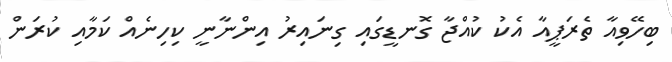
ބިހޭވިއާ ތެރަޕީއާ އެކު ކުއްޖާ ގޮނޑީގައި ގިނައިރު އިންނާނީ ކިހިނެއް ކަމާއި ކުރަން